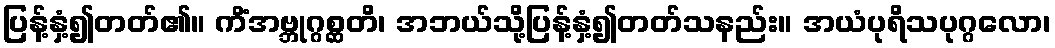
ပြန့်နှံ့၍တတ်၏။ ကိံအဗ္ဘုဂ္ဂစ္ဆတိ၊ အဘယ်သို့ပြန့်နှံ့၍တတ်သနည်း။ အယံပုရိသပုဂ္ဂလော၊